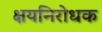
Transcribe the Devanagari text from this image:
क्षयनिरोधक